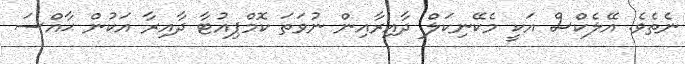
ނެތެވެ. އޭލެކްސް އަކީ މެކޭނިކަލް ދާއިރާއިން ނުވަތަ ކޮމްޕިއުޓާ ދާއިރާ އަކުން ޙާއްސަ